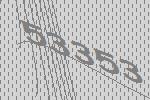
53353